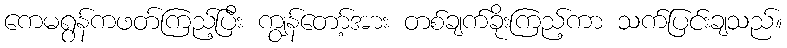
ကေမရွန်ကဖတ်ကြည့်ပြီး ကျွန်တော့်အား တစ်ချက်ခိုးကြည့်ကာ သက်ပြင်းချသည်။